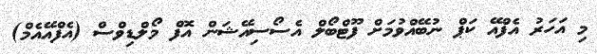
މި އަހަރު އެފްއޭ ކަޕް ނުބޭއްވުމަށް ފޫޓްބޯލް އެސޯސިއޭޝަން އޮފް މޯލްޑިވްސް (އެފްއޭއެމް)